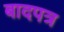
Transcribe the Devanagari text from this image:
बादपत्र